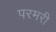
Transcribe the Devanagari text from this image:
परमरी